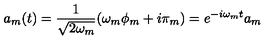
a _ { m } ( t ) = \frac { 1 } { \sqrt { 2 \omega _ { m } } } ( \omega _ { m } \phi _ { m } + i \pi _ { m } ) = e ^ { - i \omega _ { m } t } a _ { m }